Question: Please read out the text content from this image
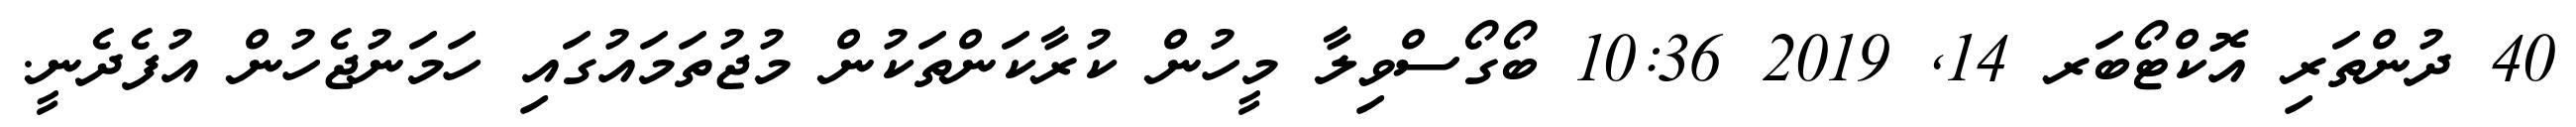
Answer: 40 ދުންތަރި އޮކްޓޯބަރ 14, 2019 10:36 ބޯގޯސްވިލާ މީހުން ކުރާކަންތަކުން މުޖުތަމައުގައި ހަމަނުޖެހުން އުފެދެނީ.